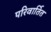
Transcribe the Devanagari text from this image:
परिवार्तित